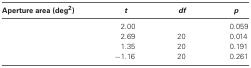
<table><thead><tr><td><b>Aperture area (deg<sup>2</sup>)</b></td><td><b><i>t</i></b></td><td><b><i>df</i></b></td><td><b><i>p</i></b></td></tr></thead><tbody><tr><td>[EMPTY_CELL]</td><td>2.00</td><td>[EMPTY_CELL]</td><td>0.059</td></tr><tr><td>[EMPTY_CELL]</td><td>2.69</td><td>20</td><td>0.014</td></tr><tr><td>[EMPTY_CELL]</td><td>1.35</td><td>20</td><td>0.191</td></tr><tr><td>[EMPTY_CELL]</td><td>−1.16</td><td>20</td><td>0.261</td></tr></tbody></table>